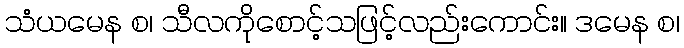
သံယမေန စ၊ သီလကိုစောင့်သဖြင့်လည်းကောင်း။ ဒမေန စ၊